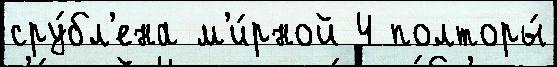
сру́бл'ена м'и́рной 4 полторы́